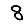
Digit: 8